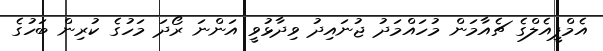
އެމްޕީއެލްގެ ޗެއާމަން މުހައްމަދު ޖުނައިދު ވިދާޅުވީ އަންނަ ރޯދަ މަހުގެ ކުރިން ބަހުގެ